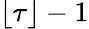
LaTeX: \lfloor\tau\rfloor-1